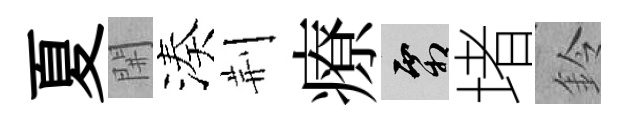
夏𨳩湊荆療霜堵鈴